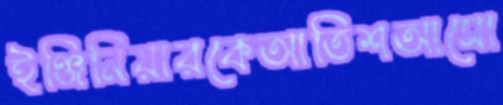
ইঞ্জিনিয়ারকেআতিশআসো